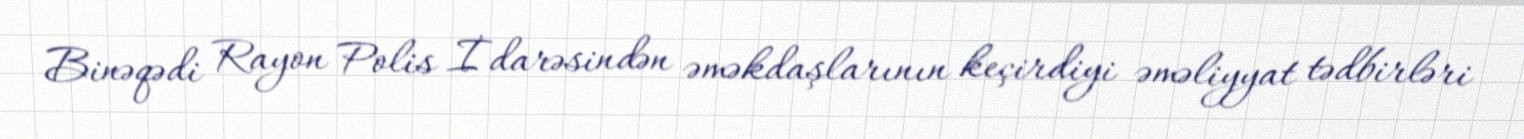
Binəqədi Rayon Polis İdarəsindən əməkdaşlarının keçirdiyi əməliyyat tədbirləri